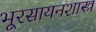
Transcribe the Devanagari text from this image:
भूरसायनशास्त्र